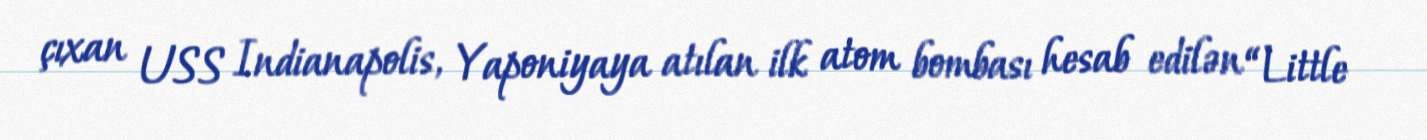
çıxan USS Indianapolis, Yaponiyaya atılan ilk atom bombası hesab edilən “Little